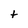
Character: t